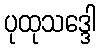
ပုထုသဒ္ဒေါ